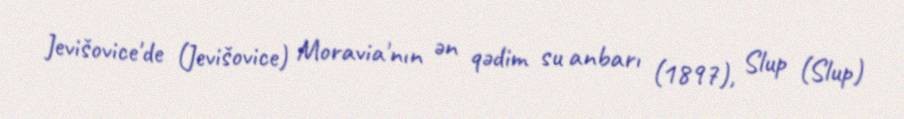
Jevišovice'de (Jevišovice) Moravia'nın ən qədim su anbarı (1897), Slup (Slup)